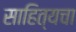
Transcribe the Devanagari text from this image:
साहित्यचा